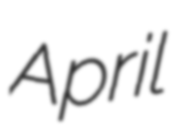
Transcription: April